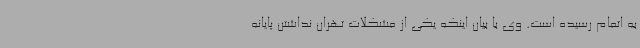
به اتمام رسیده است. وی با بیان اینکه یکی از مشکلات تهران نداشتن پایانه